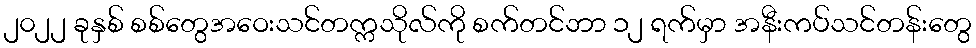
၂၀၂၂ ခုနှစ် စစ်တွေအဝေးသင်တက္ကသိုလ်ကို စက်တင်ဘာ ၁၂ ရက်မှာ အနီးကပ်သင်တန်းတွေ